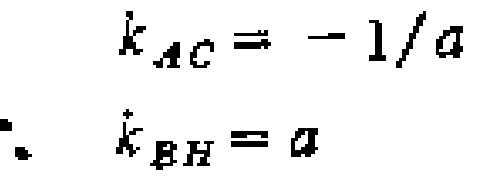
\[
\begin{align*}
k_{AC}&= -1/a\\
\therefore\ k_{BH}&= a
\end{align*}
\]